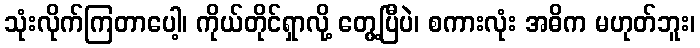
သုံးလိုက်ကြတာပေါ့၊ ကိုယ်တိုင်ရှာလို့ တွေ့ပြီပဲ၊ စကားလုံး အဓိက မဟုတ်ဘူး၊